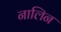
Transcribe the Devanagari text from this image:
नालिन